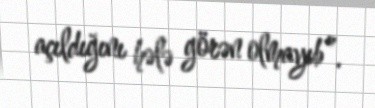
açıldığını hələ görən olmayıb”.